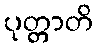
ပုတ္တာတိ